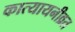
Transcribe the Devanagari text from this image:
कात्यायनीव्रत